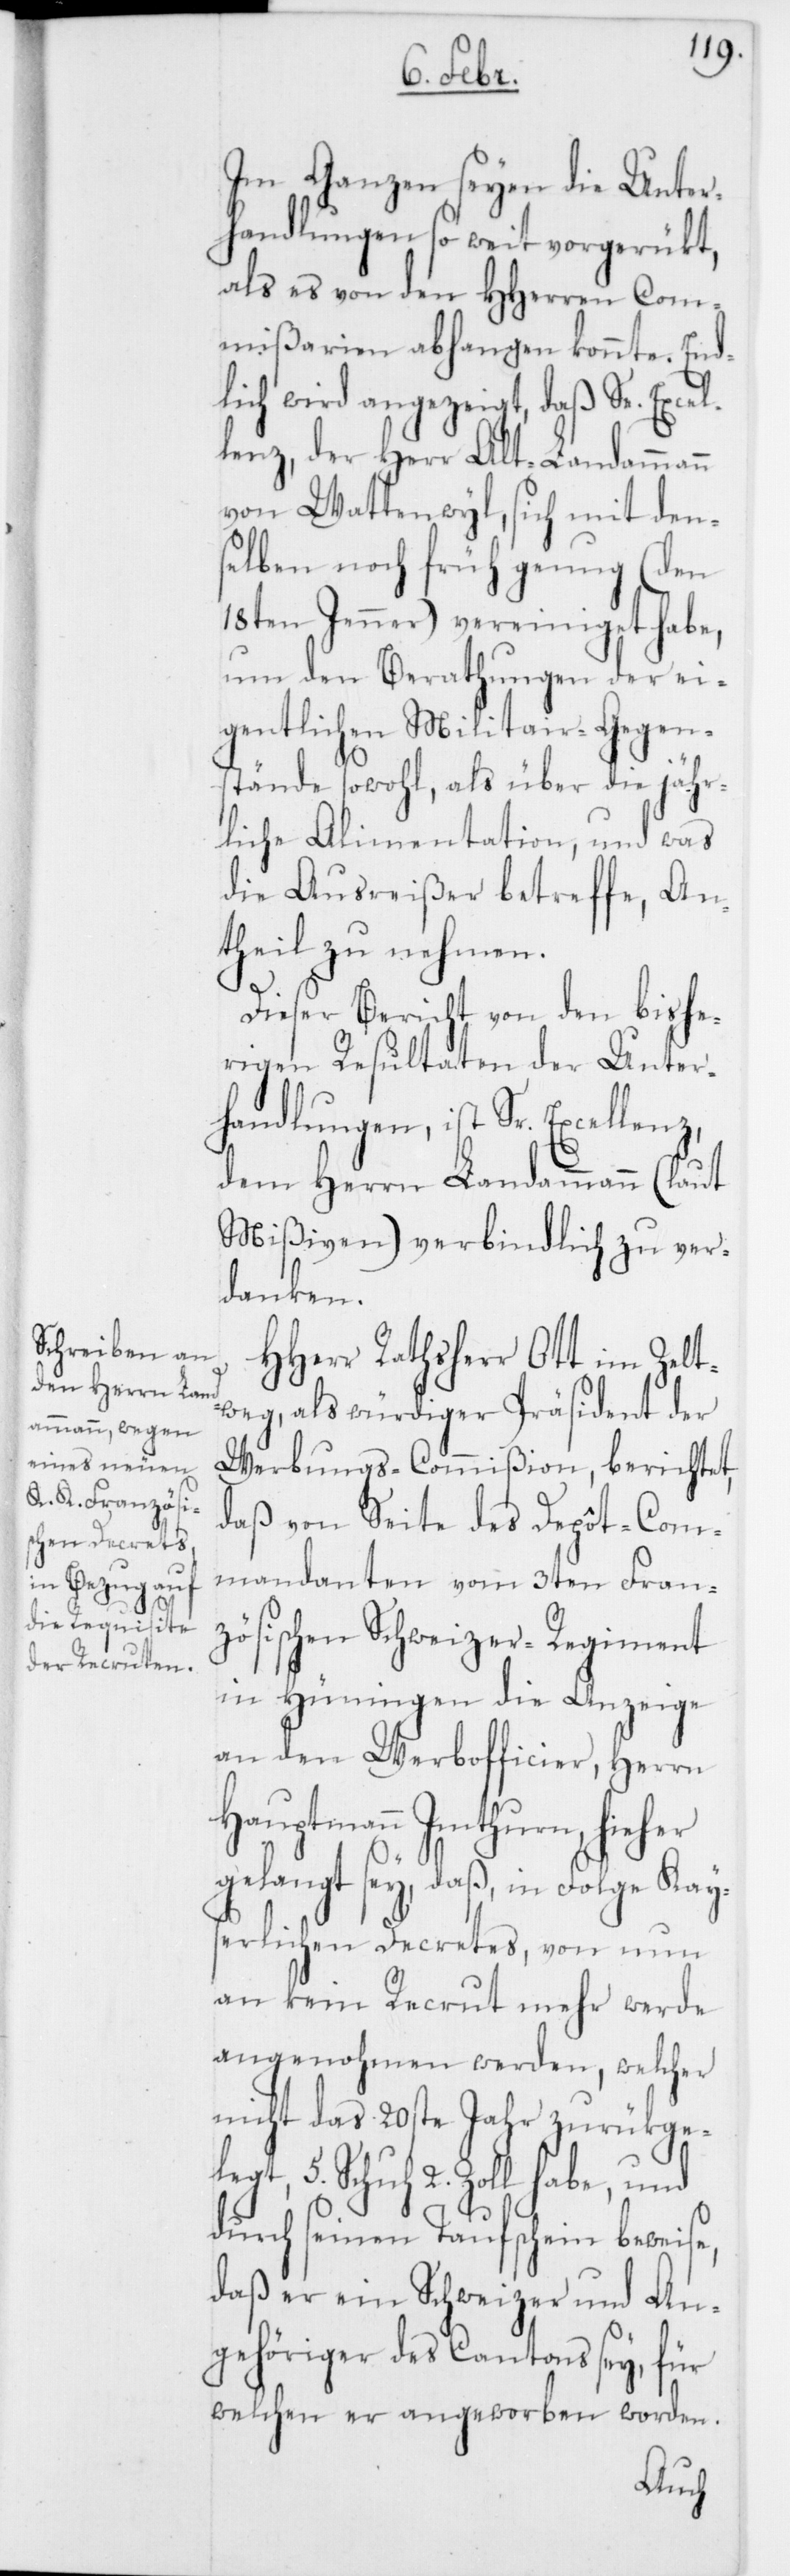
Im Ganzen seyen die Unter¬
handlungen so weit vorgerükt,
als es von den HHerren Co¬
mmißarien abhangen konnte. End¬
lich wir angezeigt, daß Se. Excel¬
lenz, der Herr Alt-Landammann
von Wattenwyl, sich mit den¬
selben noch früh genug (den
18ten Jenner) vereiniget habe,
um den Berathungen der ei¬
gentlichen Militair-Gegen¬
stände sowohl, als über die jähr¬
liche Alimentation, und was
die Ausreißer betreffe, An¬
theil zu nehmen.
Dieser Bericht von den bishe¬
rigen Resultaten der Unter¬
handlungen, ist Sr.
dem Herrn Landammann (laut
Mißiven) verbindlich zu ver¬
danken.
HHerr Rathsherr Ott im Zelt¬
weg, als würdiger Präsident der
Werbungs-Commißion, berichtet,
daß von Seite des Depôt-Com¬
mandanten vom 3ten Fran¬
zösischen Schweizer-Regiment
in Hüningen die Anzeige
an den Werbofficier, Herrn
Hauptmann Imthurn, hieher
gelangt sey, daß, in Folge Kay¬
serlichen Decrets, von nun
an kein Recrut mehr werde
angenohmen werden, welcher
nicht das 20ste Jahr zurükge¬
legt, 5. Schuh 2. Zoll habe, und
durch seinen Taufschein beweise,
daß er ein Schweizer und An¬
gehöriger des Cantons sey, für
welchen er angeworben worden.